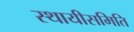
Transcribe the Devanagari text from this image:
स्थायीसमिति